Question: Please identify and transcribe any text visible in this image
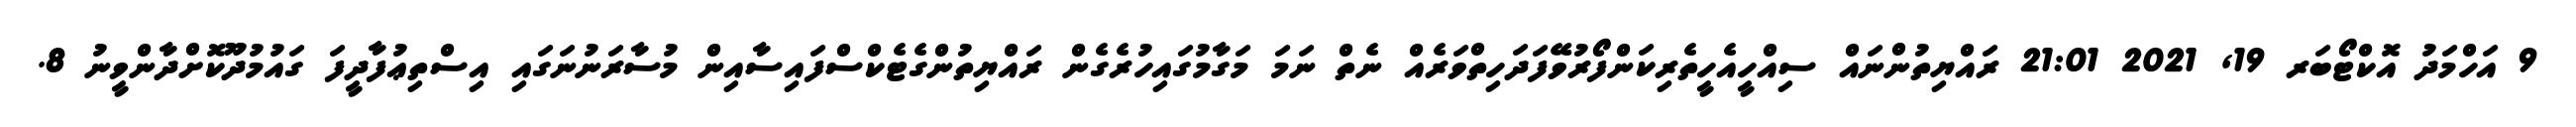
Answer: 9 އަހްމަދު އޮކްޓޯބަރ 19, 2021 21:01 ރައްޔިތުންނައް ސިއްހީއެހީތެރިކަންފޯރުވޭފަދަހިތްވަރެއް ނެތް ނަމަ މަގާމުގައިހުރެގެން ރައްޔިތުންގެޓެކްސްފައިސާއިން މުސާރަނުނަގައި އިސްތިޢުފާދީފަ ގައުމުދޫކޮށްދާންވީނު 8.